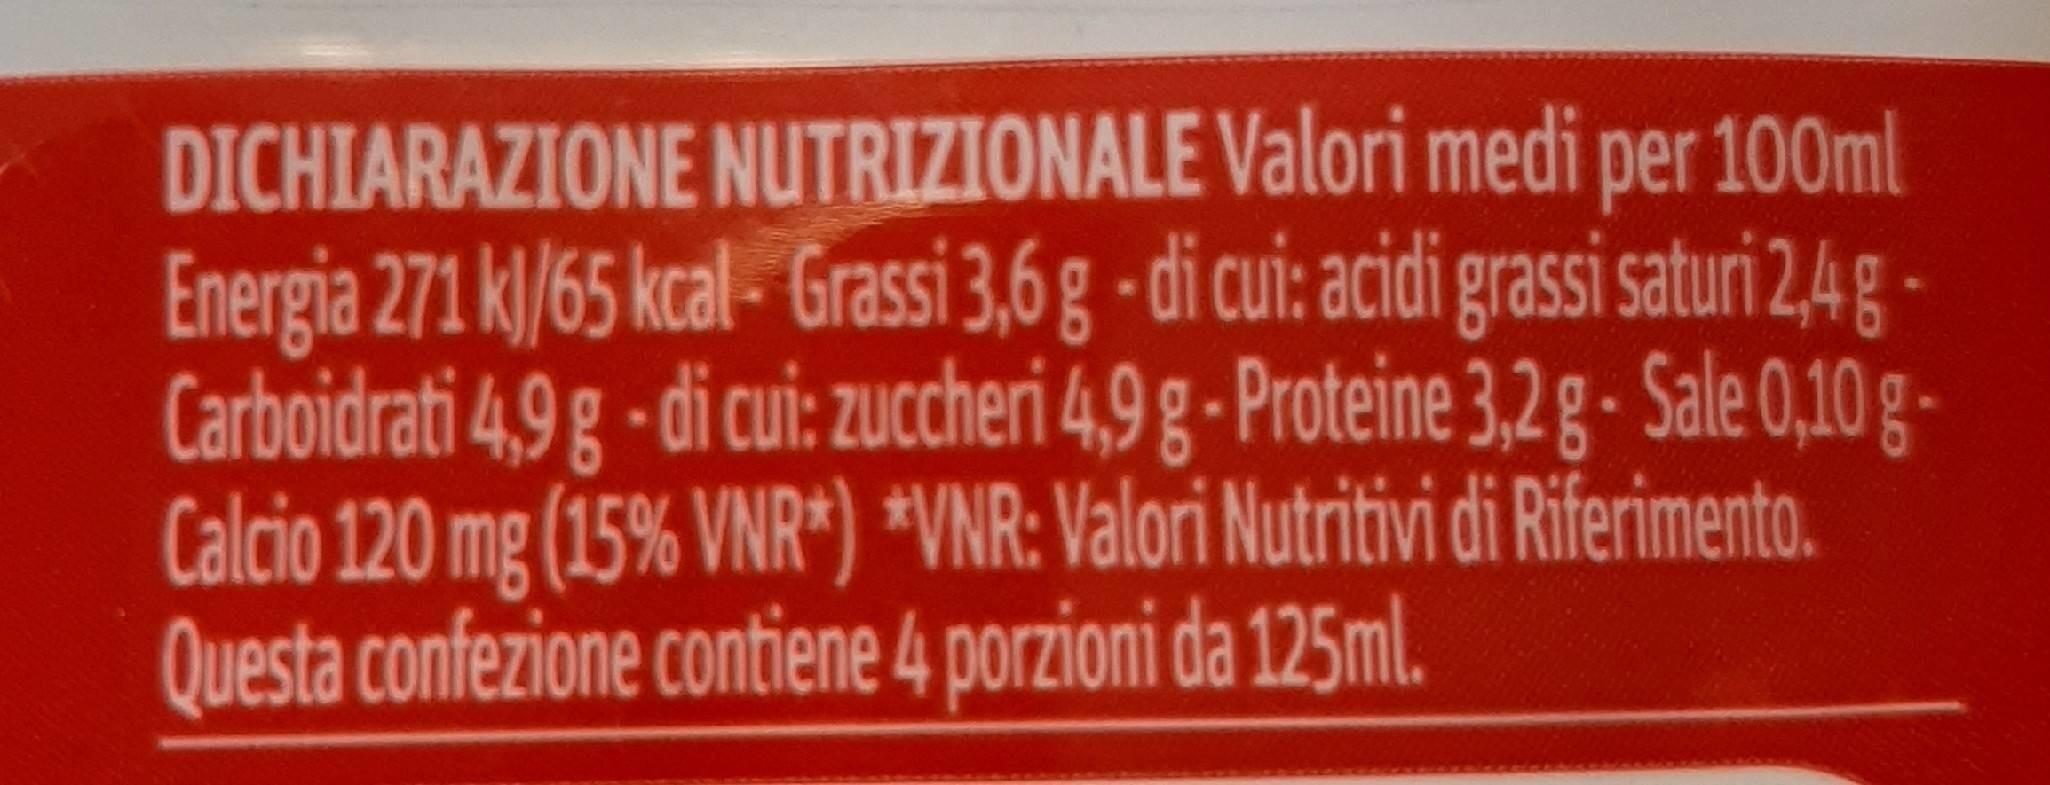
DICHIARAZIONE NUTRIZIONALE Valori medi per 100ml Energia 271 k/65 kcal- Grassi 3,6 g - di cui: acidi grassi saturi 2,4g Carboidrati 4,9 g - di cui: zuccheri 4,9 g- Proteine 3,2 g- Sale 0,10 g- Calcio 120 mg (15% VNR*) *VNR: Valori Nutritivi di Riferimento. Questa confezione contiene 4 porzioni da 125ml.